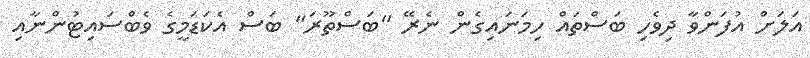
އަލަށް އުފަންވާ ދިވެހި ބަސްތައް ހިމަނައިގެން ނެރޭ "ބަސްތޫރަ" ބަސް އެކަޑަމީގެ ވެބްސައިޓުންނާއި